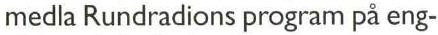
medla Rundradions program på eng-